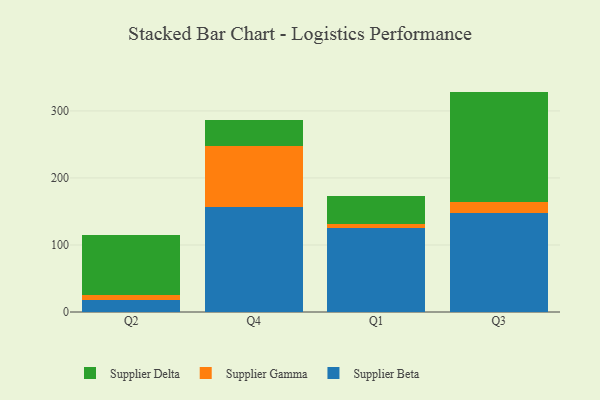
{"axis": {"x": "Quarter", "y": "Budget (USD K)"}, "legend": ["Supplier Beta", "Supplier Delta", "Supplier Gamma"], "data": [{"x": "Q2", "y": 17.7, "type": "Supplier Beta"}, {"x": "Q2", "y": 7.6, "type": "Supplier Gamma"}, {"x": "Q2", "y": 90.2, "type": "Supplier Delta"}, {"x": "Q4", "y": 156.4, "type": "Supplier Beta"}, {"x": "Q4", "y": 91.1, "type": "Supplier Gamma"}, {"x": "Q4", "y": 38.3, "type": "Supplier Delta"}, {"x": "Q1", "y": 124.9, "type": "Supplier Beta"}, {"x": "Q1", "y": 6.1, "type": "Supplier Gamma"}, {"x": "Q1", "y": 42.1, "type": "Supplier Delta"}, {"x": "Q3", "y": 147.3, "type": "Supplier Beta"}, {"x": "Q3", "y": 16.3, "type": "Supplier Gamma"}, {"x": "Q3", "y": 165.2, "type": "Supplier Delta"}]}